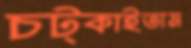
চট্‌কাইতাম